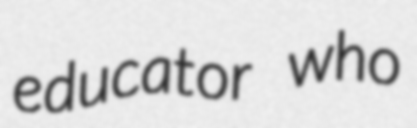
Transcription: educator who